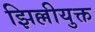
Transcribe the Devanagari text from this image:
झिल्लीयुक्त